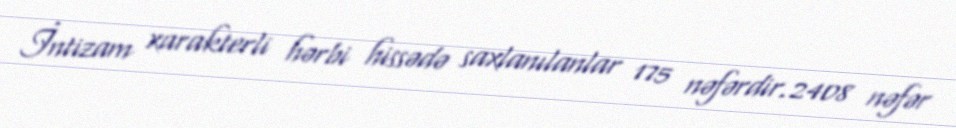
İntizam xarakterli hərbi hissədə saxlanılanlar 175 nəfərdir.2408 nəfər